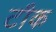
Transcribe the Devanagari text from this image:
टौक